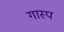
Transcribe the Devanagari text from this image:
गास्प